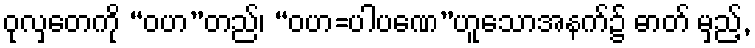
ဝုလှတေကို “ဝဟ”တည်၊ “ဝဟ=ပါပဏေ”ဟူသောအနက်၌ ဓာတ် မှည့်,